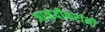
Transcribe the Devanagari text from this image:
आळंदीकरांनी